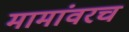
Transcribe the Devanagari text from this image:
मामांवरच